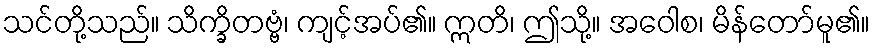
သင်တို့သည်။ သိက္ခိတဗ္ဗံ၊ ကျင့်အပ်၏။ ဣတိ၊ ဤသို့။ အဝေါစ၊ မိန်တော်မူ၏။